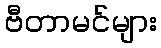
ဗီတာမင်များ